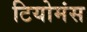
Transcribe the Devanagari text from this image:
टियोमंस